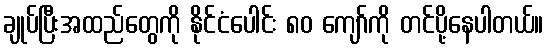
ချုပ်ပြီးအထည်တွေကို နိုင်ငံပေါင်း ၈၀ ကျော်ကို တင်ပို့နေပါတယ်။